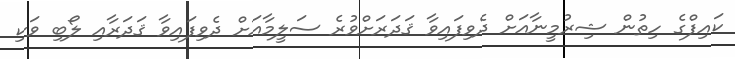
ކައިފްގެ ހިތުން ޝިރުމީނާއަށް ދެވިފައިވާ ޤަދަރަށްވުރެ ސަލީމާއަށް ދެވިފައިވާ ޤަދަރާއި ލޯބި ވަކި